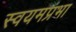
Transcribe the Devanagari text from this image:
स्वयमप्रभा